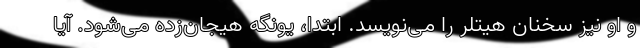
و او نیز سخنان هیتلر را می‌نویسد. ابتدا، یونگه هیجان‌زده می‌شود. آیا